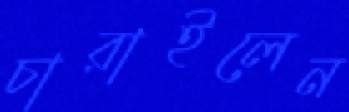
চারাইলেন